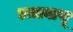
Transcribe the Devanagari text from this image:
एज़ावाथू